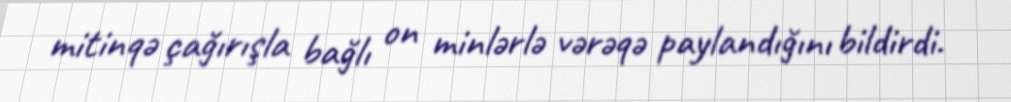
mitinqə çağırışla bağlı on minlərlə vərəqə paylandığını bildirdi.